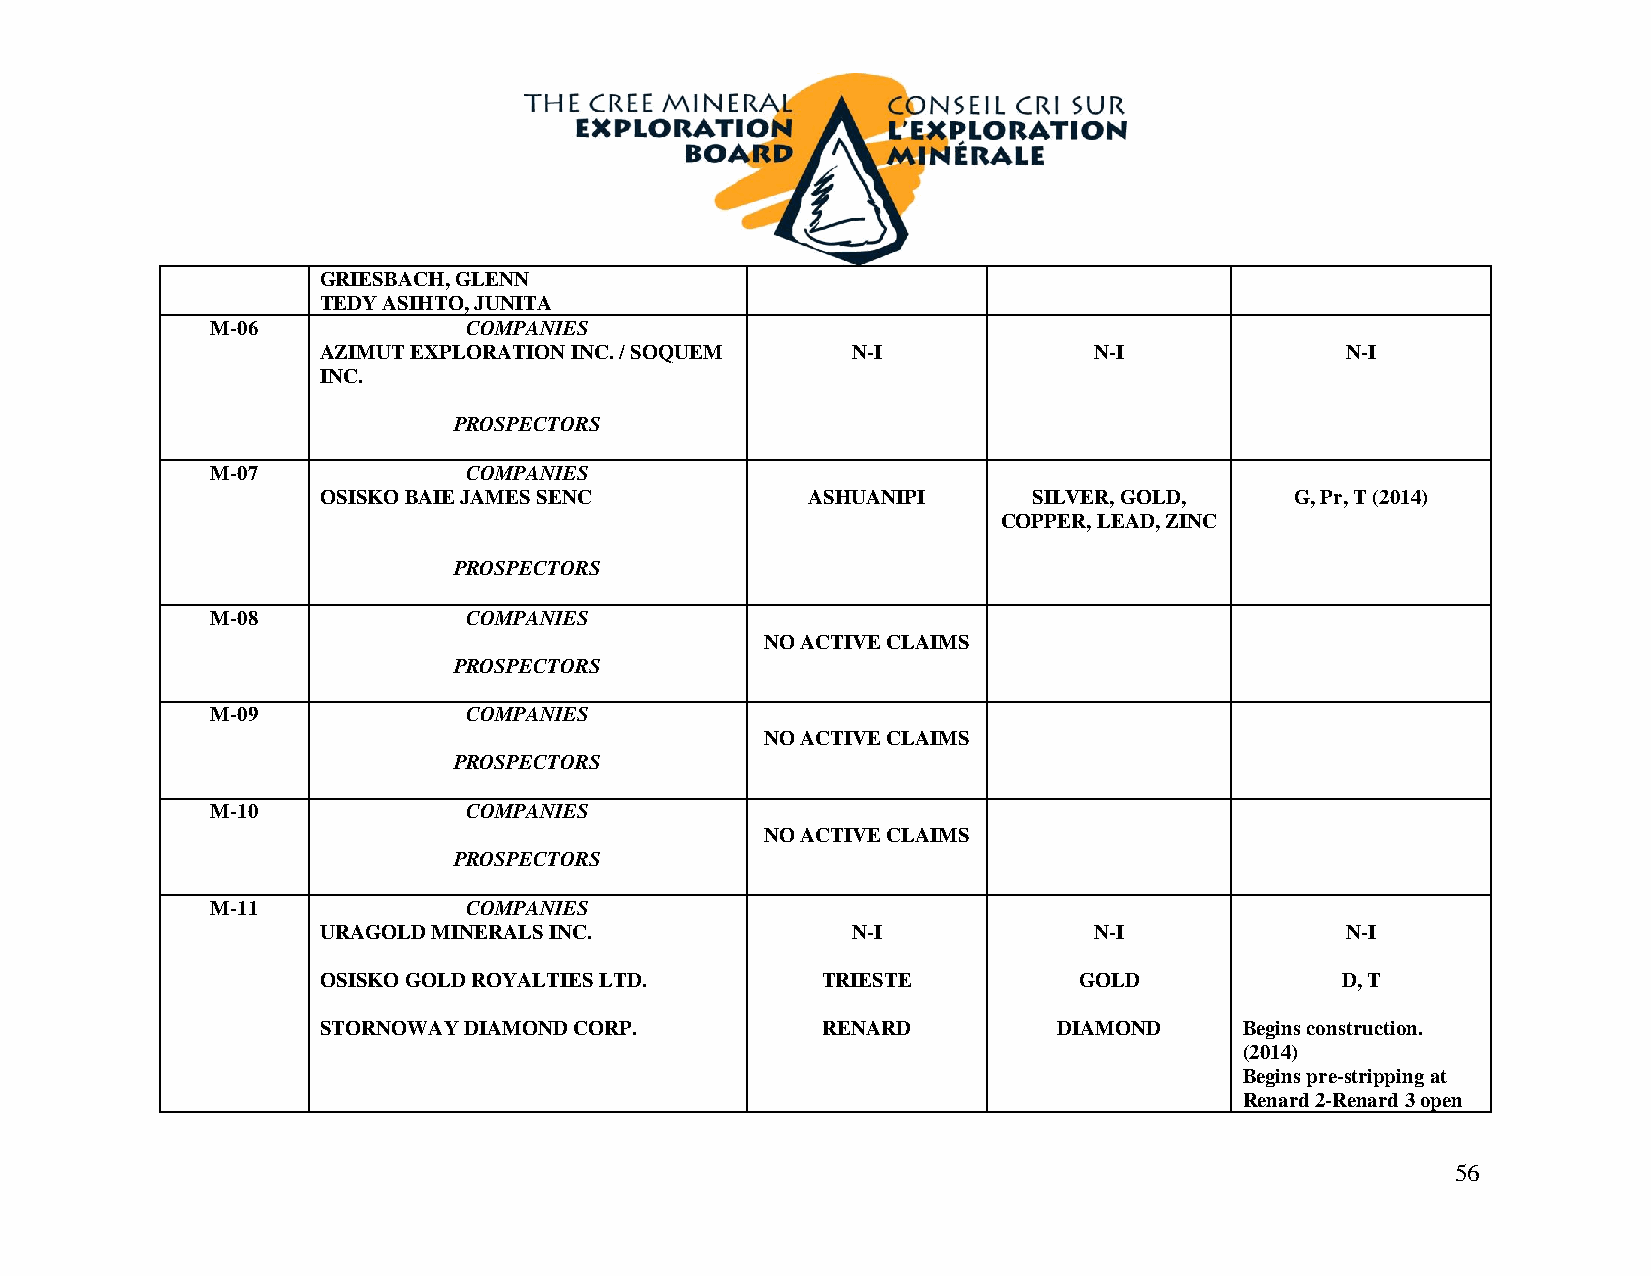
GRIESBACH, GLENN
 TEDY ASIHTO, JUNITA
 M-06             COMPANIES
 AZIMUT EXPLORATION INC. / SOQUEM   N-I             N-I              N-I
 INC.
 PROSPECTORS
 M-07             COMPANIES
 OSISKO BAIE JAMES SENC          ASHUANIPI      SILVER, GOLD,     G, Pr, T (2014)
 COPPER, LEAD, ZINC
 PROSPECTORS
 M-08             COMPANIES
 NO ACTIVE CLAIMS
 PROSPECTORS
 M-09             COMPANIES
 NO ACTIVE CLAIMS
 PROSPECTORS
 M-10             COMPANIES
 NO ACTIVE CLAIMS
 PROSPECTORS
 M-11             COMPANIES
 URAGOLD MINERALS INC.              N-I             N-I              N-I
 OSISKO GOLD ROYALTIES LTD.       TRIESTE          GOLD              D, T
 STORNOWAY DIAMOND CORP.          RENARD          DIAMOND     Begins construction.
 (2014)
 Begins pre-stripping at
 Renard 2-Renard 3 open
 56